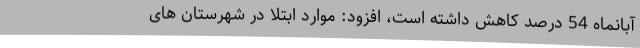
آبانماه 54 درصد کاهش داشته است، افزود: موارد ابتلا در شهرستان های